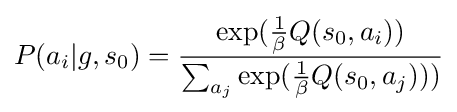
P(a_{i}|g,s_{0})={\frac {\exp({\frac {1}{\beta }}Q(s_{0},a_{i}))}{\sum _{a_{j}}{\exp({\frac {1}{\beta }}Q(s_{0},a_{j})))}}}